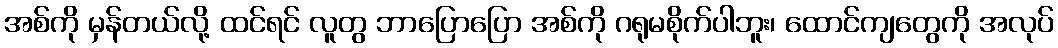
အစ်ကို မှန်တယ်လို့ ထင်ရင် လူတွ ဘာပြောပြော အစ်ကို ဂရုမစိုက်ပါဘူး၊ ထောင်ကျတွေကို အလုပ်